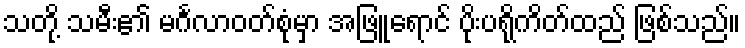
သတို့ သမီး၏ မင်္ဂလာဝတ်စုံမှာ အဖြူရောင် ပိုးပရိုကိတ်ထည် ဖြစ်သည်။